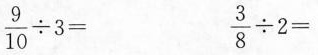
$$\frac { 9 } { 10 } \div 3 =$$ $$\frac { 3 } { 8 } \div 2 =$$